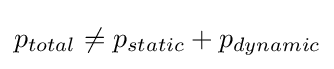
p_{total}\neq p_{static}+p_{dynamic}